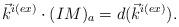
LaTeX: \begin{align*}\vec{k}^{i(ex)} \cdot (IM)_a=d(\vec{k}^{i(ex)}).\end{align*}